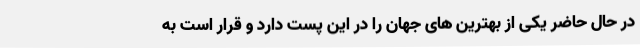
در حال حاضر یکی از بهترین های جهان را در این پست دارد و قرار است به